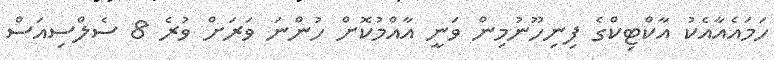
ހަަމައެއާއެކު އާކްޓިކްގެ ފިނިހޫނުމިން ވަނީ އާއްމުކޮށް ހުންނަ ވަރަށް ވުރެ 8 ސެލްސިއަސް